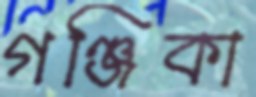
গঞ্জিকা